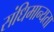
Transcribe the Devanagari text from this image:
संधिमान्यता